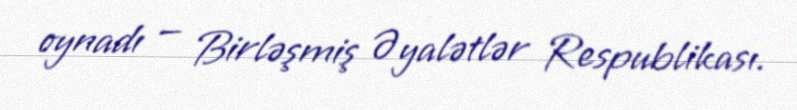
oynadı — Birləşmiş Əyalətlər Respublikası.